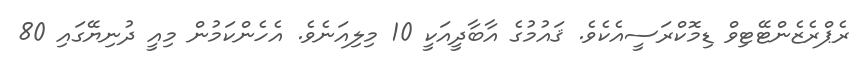
ރެޕްރެޒެންޓޭޓިވް ޑިމޮކްރަސީއެކެވެ. ޤައުމުގެ އާބާދީއަކީ 10 މިލިއަނެވެ. އެހެންކަމުން މިއީ ދުނިޔޭގައި 80